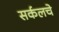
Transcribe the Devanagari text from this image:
सर्कलचे